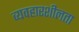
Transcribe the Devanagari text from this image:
व्यवहारशीलता